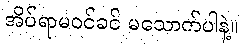
အိပ်ရာမဝင်ခင် မသောက်ပါနဲ့။